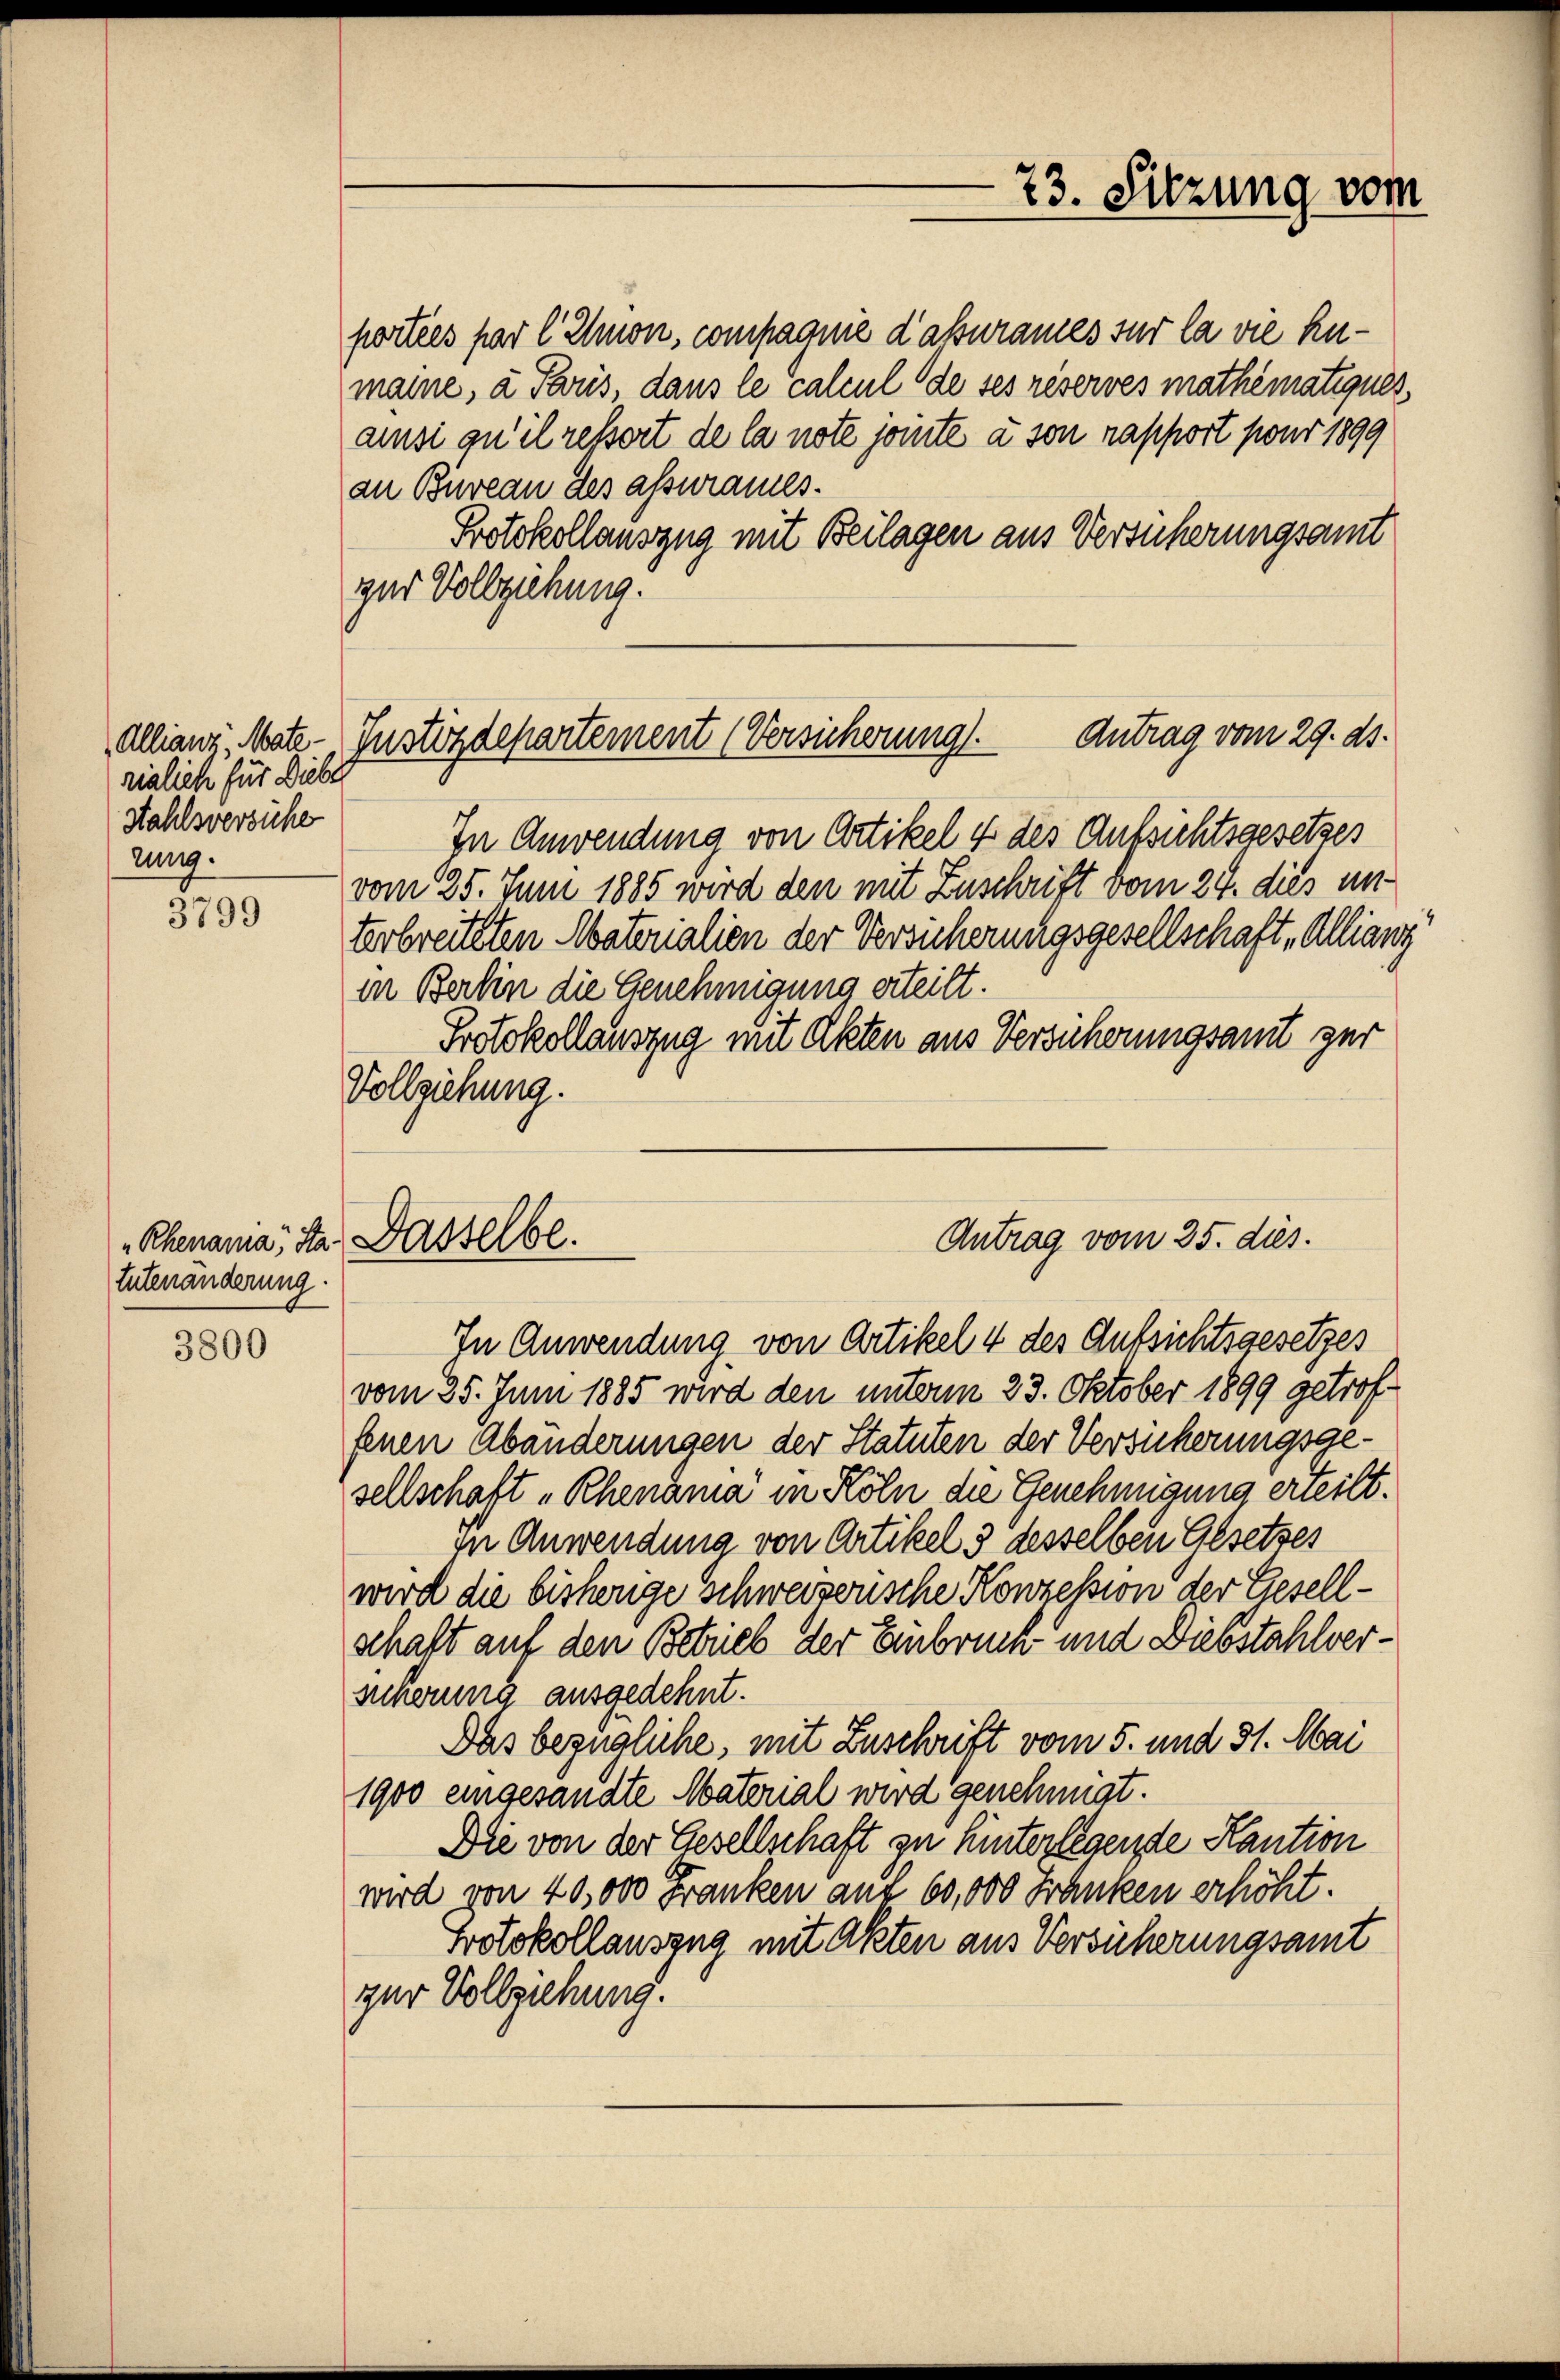
riglich für Dieber
Hahlsversuche
rung.

3799

Rhenara, Sta-
tutenänderung.

3800

portées par l. Amon, compagnie d’assurames sur la die Anmaine, a Paris, dans le calcul de ses réserves mathematiques
aisi qu’il ressert de la note jouite à son rapport pour 1899
an Bureau des assurames.
Protokollauszug mit Beilagen aus Versicherungsamt
zur Vollziehung.

Antrag vom 29. ds.
Allianz, Mate-Justizdepartement (Versicherung.

In Anwendung von Artikel 4 des Aufsichtsgesetzes
vom 25. Juni 1885 wird den mit Zuschrift vom 24. dies unterbreiteten Materialien der Versicherungsgesellschaft, Alliang
in Berlin die Genehmigung erteilt.
Protokollauszug mit Akten aus Versucherungsamt zur
Vollziehung.

Dasselbe.

Antrag vom 35. dies.
In Anwendung von Artikel 4 des Aufsichtsgesetzes

73. Sitzung vom

vom 25. Juni 1885 wird den unterm 23. Oktober 1899 getroffenen Abänderungen der Statuten der Versicherungsgesellschaft „Rheuma in Köln die Genehmigung erteilt.
In Anwendung von Artikel 3 desselben Gesetzes
wird die bisherige schweizerische Konzession der Gesellschaft auf den Betrieb der Einbrunn- und Diebstahlversicherung ausgedehnt.
Das bezügliche, mit Zuschrift vom 5. und 31. Mai
1900 eingesandte Material wird genehmigt.
Die von der Gesellschaft zu hinterlegende Kaution
wird von 40,000 Franken auf 60,000 Franken erhöht.
Protokollauszug mit Akten aus Versicherungsamt
zur Vollziehung.